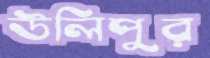
উলিপুর